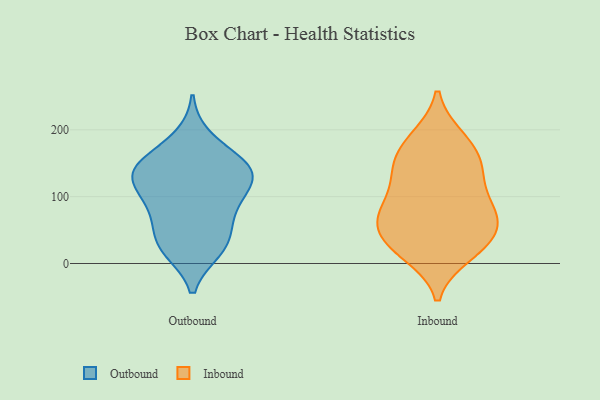
{"axis": {"x": "Operating Costs (USD K)", "y": "Value"}, "legend": ["Inbound", "Outbound"], "data": [{"x": "", "y": 143, "type": "Outbound"}, {"x": "", "y": 28, "type": "Outbound"}, {"x": "", "y": 135, "type": "Outbound"}, {"x": "", "y": 115, "type": "Outbound"}, {"x": "", "y": 48, "type": "Outbound"}, {"x": "", "y": 154, "type": "Outbound"}, {"x": "", "y": 135, "type": "Outbound"}, {"x": "", "y": 73, "type": "Outbound"}, {"x": "", "y": 187, "type": "Outbound"}, {"x": "", "y": 91, "type": "Outbound"}, {"x": "", "y": 130, "type": "Outbound"}, {"x": "", "y": 21, "type": "Outbound"}, {"x": "", "y": 91, "type": "Outbound"}, {"x": "", "y": 145, "type": "Outbound"}, {"x": "", "y": 24, "type": "Outbound"}, {"x": "", "y": 26, "type": "Inbound"}, {"x": "", "y": 68, "type": "Inbound"}, {"x": "", "y": 136, "type": "Inbound"}, {"x": "", "y": 97, "type": "Inbound"}, {"x": "", "y": 13, "type": "Inbound"}, {"x": "", "y": 17, "type": "Inbound"}, {"x": "", "y": 27, "type": "Inbound"}, {"x": "", "y": 98, "type": "Inbound"}, {"x": "", "y": 62, "type": "Inbound"}, {"x": "", "y": 189, "type": "Inbound"}, {"x": "", "y": 154, "type": "Inbound"}, {"x": "", "y": 138, "type": "Inbound"}, {"x": "", "y": 79, "type": "Inbound"}, {"x": "", "y": 140, "type": "Inbound"}, {"x": "", "y": 51, "type": "Inbound"}, {"x": "", "y": 72, "type": "Inbound"}, {"x": "", "y": 189, "type": "Inbound"}, {"x": "", "y": 52, "type": "Inbound"}, {"x": "", "y": 168, "type": "Inbound"}]}